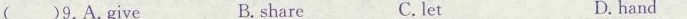
( )9.A.Give B. share C.let D.hand